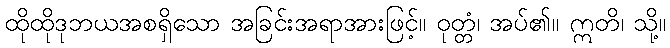
ထိုထိုဒုဘယအစရှိသော အခြင်းအရာအားဖြင့်။ ဝုတ္တံ၊ အပ်၏။ ဣတိ၊ သို့။